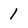
Character: 1